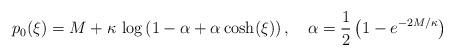
LaTeX: \begin{align*} p_0(\xi) = M+\kappa\, \log\left(1-\alpha + \alpha\, {\cosh}(\xi)\right),\quad \alpha = \frac12 \left( 1 - e^{-2M/\kappa}\right)\end{align*}